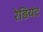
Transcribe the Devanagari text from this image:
रेडियंट